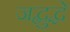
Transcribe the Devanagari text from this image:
जद्बुद्धे